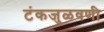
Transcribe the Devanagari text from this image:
टंकजुळवणी